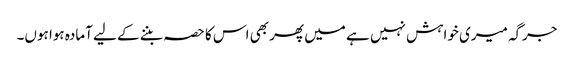
جرگہ میری خواہش نہیں ہے میں پھر بھی اس کا حصہ بننے کے لیے آمادہ ہوا ہوں۔